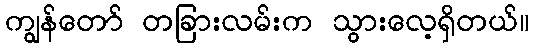
ကျွန်တော် တခြားလမ်းက သွားလေ့ရှိတယ်။